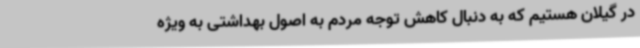
در گیلان هستیم که به دنبال کاهش توجه مردم به اصول بهداشتی به ویژه